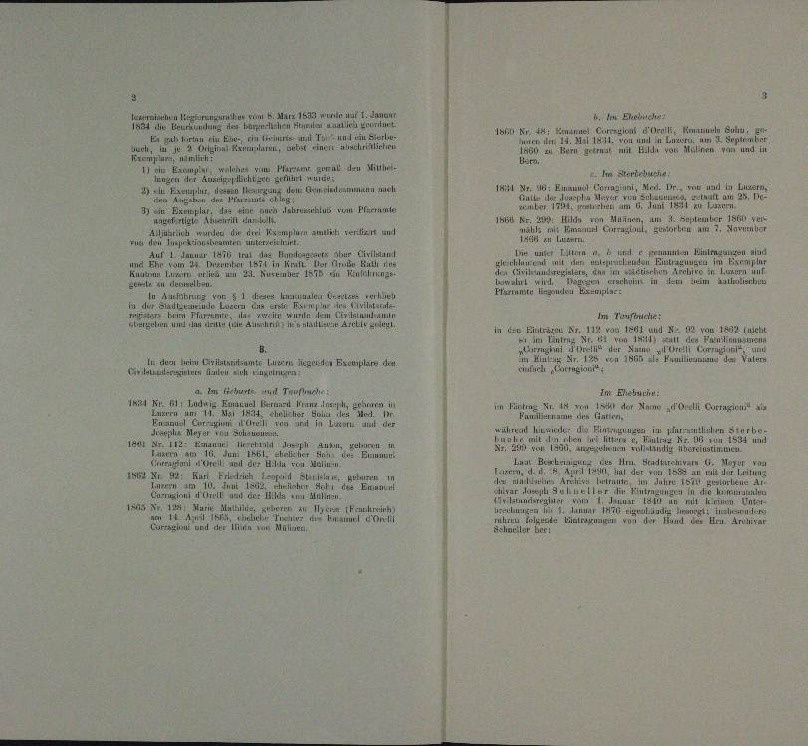
laf 1. Jane
t
b. Im Ehrbuche
.
POrrik, Krauen Sute,
1SB Kr. Fr: Brunner C.
Ehe ein    und e
u Luzer
m

soperinte
de
n
Rentari, nebst
än
 a vom Ferieren und seine einen einen
denen un
Dr.
uug welches von Parzen geruf den Hittur-
Im Morsche
n
Licht geht nur
In Luzern,
1431 Nr. 46: Emanue
Armindeammann auch
t Graz uns, Mart. 14.

35. 115.

 als ein

                         Seiter den ver

i
plan amtlich verart und

aumten Einlassen
ima n. 1 und e p
a

Aur Hirslan

r
n

Existers,
de
.

tverhe
              einer benannten, die eine eine
 Stadt und Luzern zu er
i
Im Taufbuche:

.
au Fr. 113 von 1881 und No 92 ve
In den Ein
e
 vom 1441, hatt
n
u

In der Antritteramte Luzer Regender Exemplare den

n
a. Im Sicherte und Taufsuche
Im Ehebach:
144 Fr. 11, Ludwig Emanuel Bern Franz unsrich, seiner
eting Nr. 44 vom 14 der Name Orel Cession a
irren und
Familien an den Eintr

von den
reen hande die Finanzen i

um
isa
e Joseph aus, getre
a
Ers Hrn. Stadtrat E. Meyer v
.
an Beraten
n mit der Lan
hal de
 tretenten der eine

t . .
.

d

 er in einen und
1 Fr. 1 Marie Mathils, scheren zu
rm
.

.